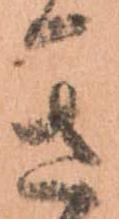
き